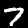
Label: 7